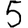
Digit: 5